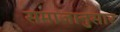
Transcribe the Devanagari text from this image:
समाजानुसार